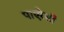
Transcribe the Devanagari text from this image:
पाएरेसी